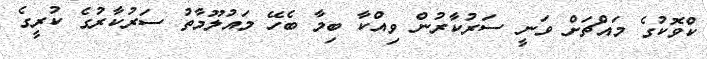
ކްވޮކުގެ މައްޗަށް ވަނީ ސަރުކާރުން ވިއްކާ ބިމާ ބެހޭ މައުލޫމާތު ސަރުކާރުގެ ކުރީގެ